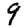
Digit: 9